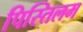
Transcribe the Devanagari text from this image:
पिस्तिलम